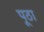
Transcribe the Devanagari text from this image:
पूठा